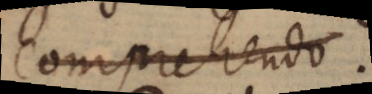
comprehendo.